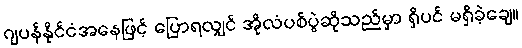
ဂျပန်နိုင်ငံအနေဖြင့် ပြောရလျှင် အိုလံပစ်ပွဲဆိုသည်မှာ ရှိပင် မရှိခဲ့ချေ။